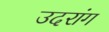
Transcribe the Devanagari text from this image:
उदरांग